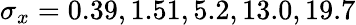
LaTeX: \sigma_{x}=0.39,1.51,5.2,13.0,19.7